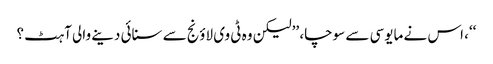
‘‘، اس نے مایوسی سے سوچا، ’’لیکن وہ ٹی وی لاؤنج سے سنائی دینے والی آہٹ ؟